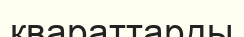
квараттарды